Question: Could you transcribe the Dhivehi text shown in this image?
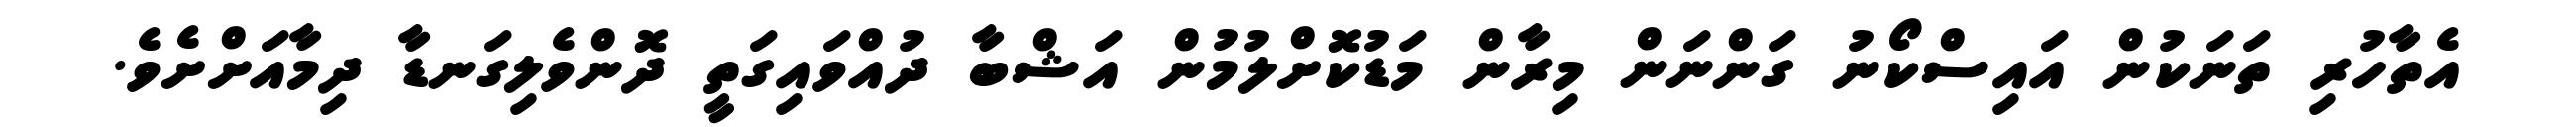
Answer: އެތާހުރި ތަނަކުން އައިސްކޯނު ގަންނަން މިރާން މަޑުކޮށްލުމުން އަޝްބާ ދުއްވައިގަތީ ދޮންވެލިގަނޑާ ދިމާއަށްށެވެ.